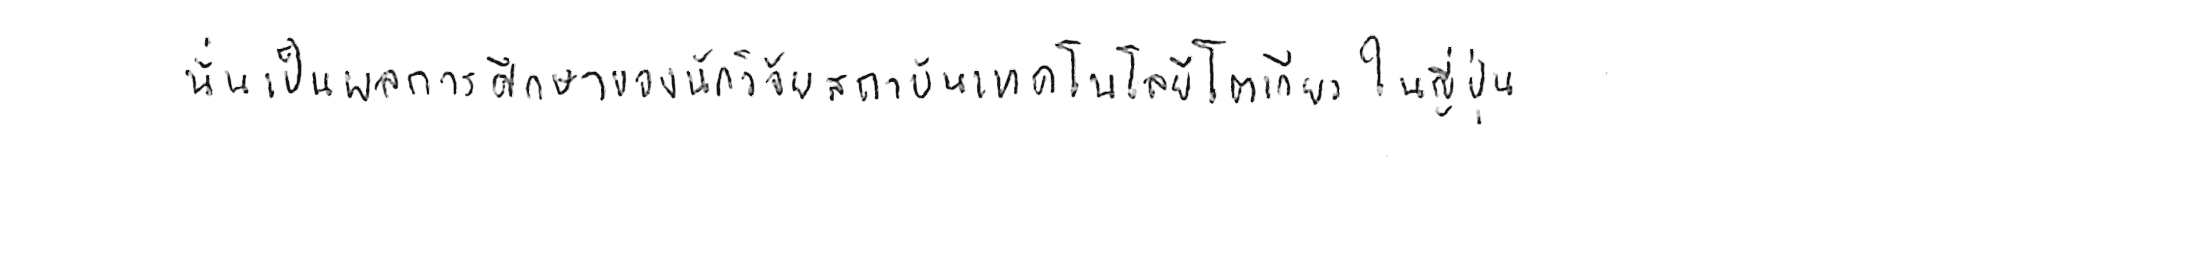
นั่นเป็นผลการศึกษาของนักวิจัยสถาบันเทคโนโลยีโตเกียว ในญี่ปุ่น